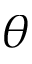
\theta